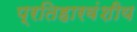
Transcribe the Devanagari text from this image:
प्रतिहारवंशीय